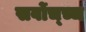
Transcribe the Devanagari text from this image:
सर्वोच्च्च